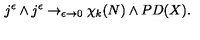
j ^ { \epsilon } \wedge j ^ { \epsilon } \rightarrow _ { \epsilon \rightarrow 0 } \chi _ { k } ( N ) \wedge P D ( X ) .